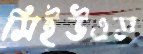
সিইউএস